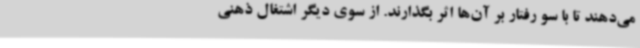
می‌دهند تا با سو رفتار بر آن‌ها اثر بگذارند. از سوی دیگر اشتغال ذهنی